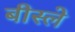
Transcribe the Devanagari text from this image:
बीस्ले